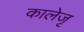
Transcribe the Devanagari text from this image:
कालेजृ